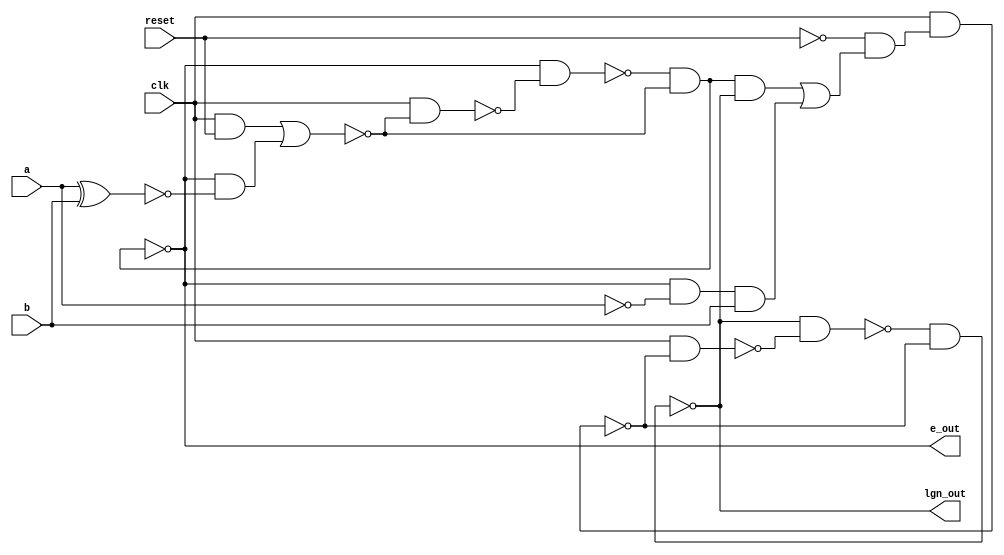
// digits are comming from MSB (right to left)
module Comp_seq (a,
                 b,
                 reset,
                 lgn_out,
                 e_out,
                 clk);

    input a, b, reset, clk;
    output lgn_out, e_out;
    
    wire y_lgn_out, x_lgn_out, qp_lgn_out;
    wire y_e_out, x_e_out, qp_e_out;
    
    
    // lgn_out dff implementation
    assign x_lgn_out  = ~(clk & (~reset & ((~e_out & lgn_out) | (e_out & ~a & b))));
    assign y_lgn_out  = ~(clk & x_lgn_out);
    assign lgn_out    = ~(qp_lgn_out & x_lgn_out);
    assign qp_lgn_out = ~(lgn_out & y_lgn_out);
    
    
    // e_out dff implementaion
    assign x_e_out  = ~(clk & reset | (e_out & ~(a ^ b)));
    assign y_e_out  = ~(clk & x_e_out);
    assign e_out    = ~(qp_e_out & x_e_out);
    assign qp_e_out = ~(e_out & y_e_out);
    
endmodule //Comp_seq